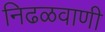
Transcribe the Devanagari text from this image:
निढळवाणी